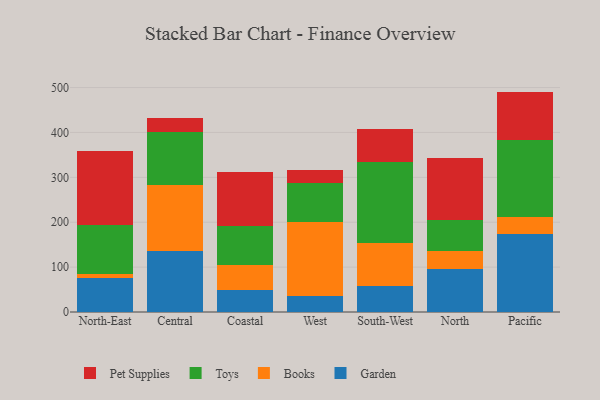
{"axis": {"x": "Region", "y": "Net Income (USD K)"}, "legend": ["Books", "Garden", "Pet Supplies", "Toys"], "data": [{"x": "North-East", "y": 75.4, "type": "Garden"}, {"x": "North-East", "y": 9.3, "type": "Books"}, {"x": "North-East", "y": 108.5, "type": "Toys"}, {"x": "North-East", "y": 165.7, "type": "Pet Supplies"}, {"x": "Central", "y": 136.7, "type": "Garden"}, {"x": "Central", "y": 146.6, "type": "Books"}, {"x": "Central", "y": 118.6, "type": "Toys"}, {"x": "Central", "y": 30.9, "type": "Pet Supplies"}, {"x": "Coastal", "y": 49.5, "type": "Garden"}, {"x": "Coastal", "y": 55.7, "type": "Books"}, {"x": "Coastal", "y": 87.4, "type": "Toys"}, {"x": "Coastal", "y": 119.6, "type": "Pet Supplies"}, {"x": "West", "y": 36.4, "type": "Garden"}, {"x": "West", "y": 164.7, "type": "Books"}, {"x": "West", "y": 86.0, "type": "Toys"}, {"x": "West", "y": 28.9, "type": "Pet Supplies"}, {"x": "South-West", "y": 58.6, "type": "Garden"}, {"x": "South-West", "y": 95.3, "type": "Books"}, {"x": "South-West", "y": 179.3, "type": "Toys"}, {"x": "South-West", "y": 74.6, "type": "Pet Supplies"}, {"x": "North", "y": 95.9, "type": "Garden"}, {"x": "North", "y": 39.3, "type": "Books"}, {"x": "North", "y": 69.6, "type": "Toys"}, {"x": "North", "y": 138.8, "type": "Pet Supplies"}, {"x": "Pacific", "y": 172.9, "type": "Garden"}, {"x": "Pacific", "y": 39.5, "type": "Books"}, {"x": "Pacific", "y": 170.7, "type": "Toys"}, {"x": "Pacific", "y": 107.9, "type": "Pet Supplies"}]}